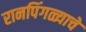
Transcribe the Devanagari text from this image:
रानपिंगळ्याचे